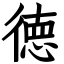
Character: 徳